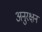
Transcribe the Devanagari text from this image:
अनुरक्षन